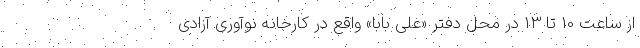
از ساعت 10 تا 13 در محل دفتر «علی بابا» واقع در کارخانه نوآوری آزادی